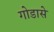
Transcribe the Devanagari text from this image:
गोडासे